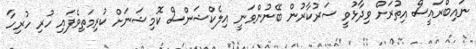
ނައިބްރައީސް އިތުރަށް ވިދާޅުވީ ސަރުކާރުން ބޭނުންވަނީ އިލެކްޝަންސް ކޮމިޝަނަށް ކުރިމަތިވެފައި ހުރި ހުރިހާ